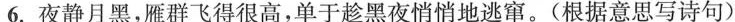
6.夜静月黑，雁群飞得很高，单于趁黑夜悄悄地逃窜。(根据意思写诗句)